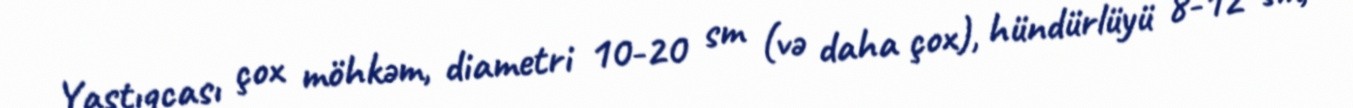
Yastıqcası çox möhkəm, diametri 10-20 sm (və daha çox), hündürlüyü 8-12 sm,